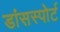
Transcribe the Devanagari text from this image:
डांसस्पोर्ट